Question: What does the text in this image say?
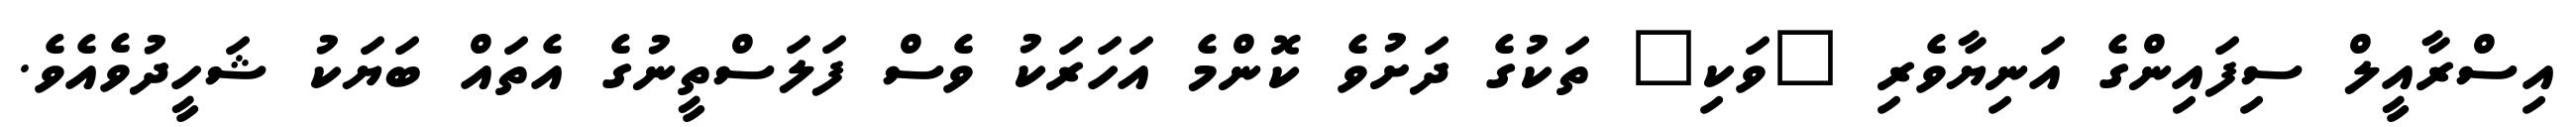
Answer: އިސްރާއީލް ސިފައިންގެ އަނިޔާވެރި "ވަކި" ތަކުގެ ދަށުވެ ކޮންމެ އަހަރަކު ވެސް ފަލަސްތީނުގެ އެތައް ބަޔަކު ޝަހީދުވެއެވެ.